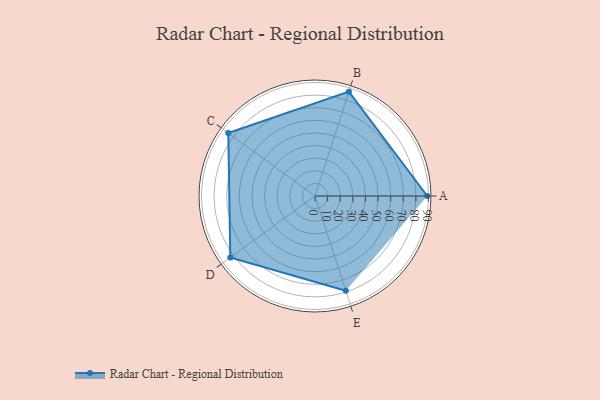
{"axis": {"x": "Skill", "y": "Score"}, "legend": ["Profile"], "data": [{"x": "A", "y": 89.0, "type": "Profile"}, {"x": "B", "y": 87.0, "type": "Profile"}, {"x": "C", "y": 85.0, "type": "Profile"}, {"x": "D", "y": 83.0, "type": "Profile"}, {"x": "E", "y": 79.0, "type": "Profile"}]}